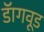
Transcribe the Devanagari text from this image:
डॅागवूड